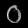
Digit: ၀